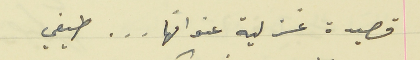
قصيدة غزلية عنوانها . . . طيفي